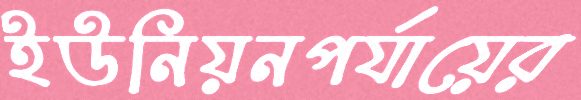
ইউনিয়নপর্যায়ের